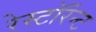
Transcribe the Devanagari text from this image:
रेस्टॉरंन्ट